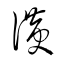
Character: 瀇